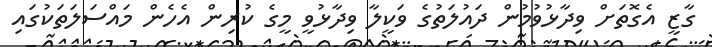
ގާޒީ އެގޮތަށް ވިދާޅުވުމުން ދައުލަތުގެ ވަކީލާ ވިދާޅުވީ މީގެ ކުރިން އެހެން މައްސަލަތަކުގައި